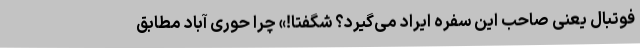
فوتبال یعنی صاحب این سفره ایراد می‌گیرد؟ شگفتا!» چرا حوری آباد مطابق